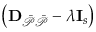
\left( \mathbf { D } _ { \mathcal { \Bar { P } \Bar { P } } } - \lambda \mathbf { I } _ { s } \right)